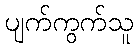
ပျက်ကွက်သူ